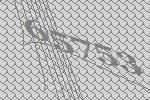
65753